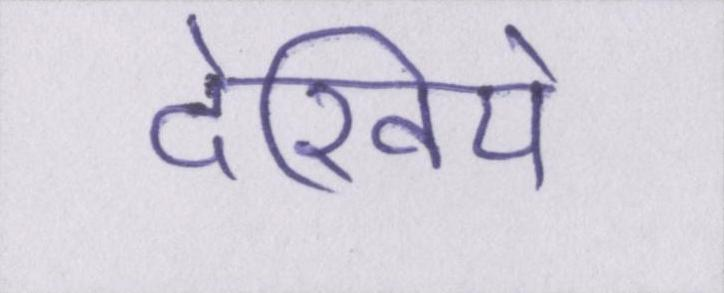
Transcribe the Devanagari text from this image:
देखिये